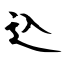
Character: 込